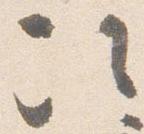
次